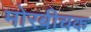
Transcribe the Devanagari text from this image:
मोरबीचक